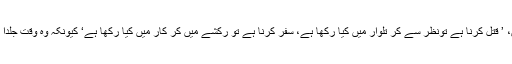
بجٹ میں مہنگائی پر حفیظ شیخ کہہ سکتے ہیں، ’ قتل کرنا ہے تونظر سے کر تلوار میں کیا رکھا ہے، سفر کرنا ہے تو رکشے میں کر کار میں کیا رکھا ہے‘ کیونکہ وہ وقت جلدا ٓنے والا ہے جب سب کی کاریں بک جائیں گی۔